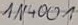
Text: IN4001